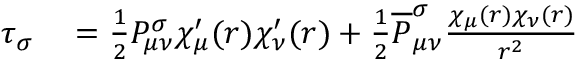
\begin{array} { r l } { \tau _ { \sigma } } & { { } = \frac { 1 } { 2 } P _ { \mu \nu } ^ { \sigma } \chi _ { \mu } ^ { \prime } ( r ) \chi _ { \nu } ^ { \prime } ( r ) + \frac { 1 } { 2 } \overline { { P } } _ { \mu \nu } ^ { \sigma } \frac { \chi _ { \mu } ( r ) \chi _ { \nu } ( r ) } { r ^ { 2 } } } \end{array}